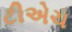
ટીએચ